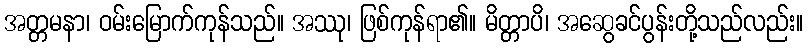
အတ္တမနာ၊ ဝမ်းမြောက်ကုန်သည်။ အဿု၊ ဖြစ်ကုန်ရာ၏။ မိတ္တာပိ၊ အဆွေခင်ပွန်းတို့သည်လည်း။